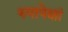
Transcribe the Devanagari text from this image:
रुपापेक्षां